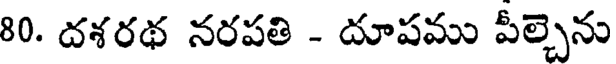
80. దశరథ నరపతి - దూపము పీల్చెను